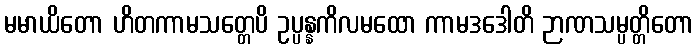
မမာယိတော ဟိတကာမသတ္တေပိ ဥပ္ပန္နကိလမထော ကာမဒဒေါတိ ဉာဏသမ္ပတ္တိတော